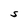
Character: S